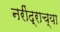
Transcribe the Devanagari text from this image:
नरींद्राच्या